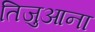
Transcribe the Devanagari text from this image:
तिजुआना